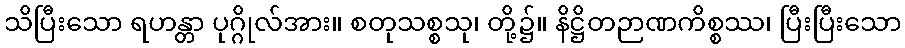
သိပြီးသော ရဟန္တာ ပုဂ္ဂိုလ်အား။ စတုသစ္စသု၊ တို့၌။ နိဋ္ဌိတဉာဏကိစ္စဿ၊ ပြီးပြီးသော